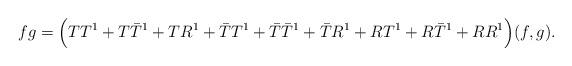
LaTeX: \begin{align*} fg=\Big(TT^1+T\bar{T}^1+TR^1+\bar{T}T^1+\bar{T}\bar{T}^1+\bar{T}R^1+RT^1+R\bar{T}^1+RR^1\Big)(f,g).\end{align*}